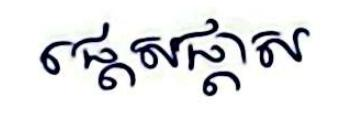
ផ្ដេសផ្ដាស